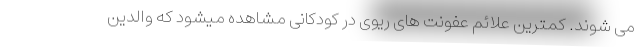
می شوند. کمترین علائم عفونت های ریوی در کودکانی مشاهده میشود که والدین